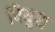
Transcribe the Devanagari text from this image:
पियुश